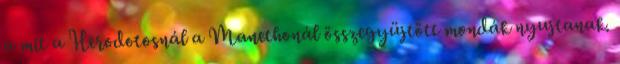
a mit a Herodotosnál a Manethonál összegyüjtött mondák nyujtanak.